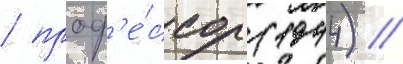
/ проф'е́ссор (1944) //